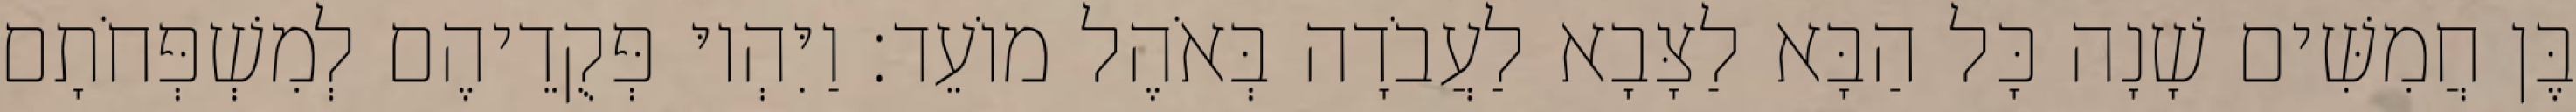
בֶּן חֲמִשִּׁים שָׁנָה כָּל הַבָּא לַצָּבָא לַעֲבֹדָה בְּאֹהֶל מוֹעֵד׃ וַיִּהְיוּ פְּקֻדֵיהֶם לְמִשְׁפְּחֹתָם